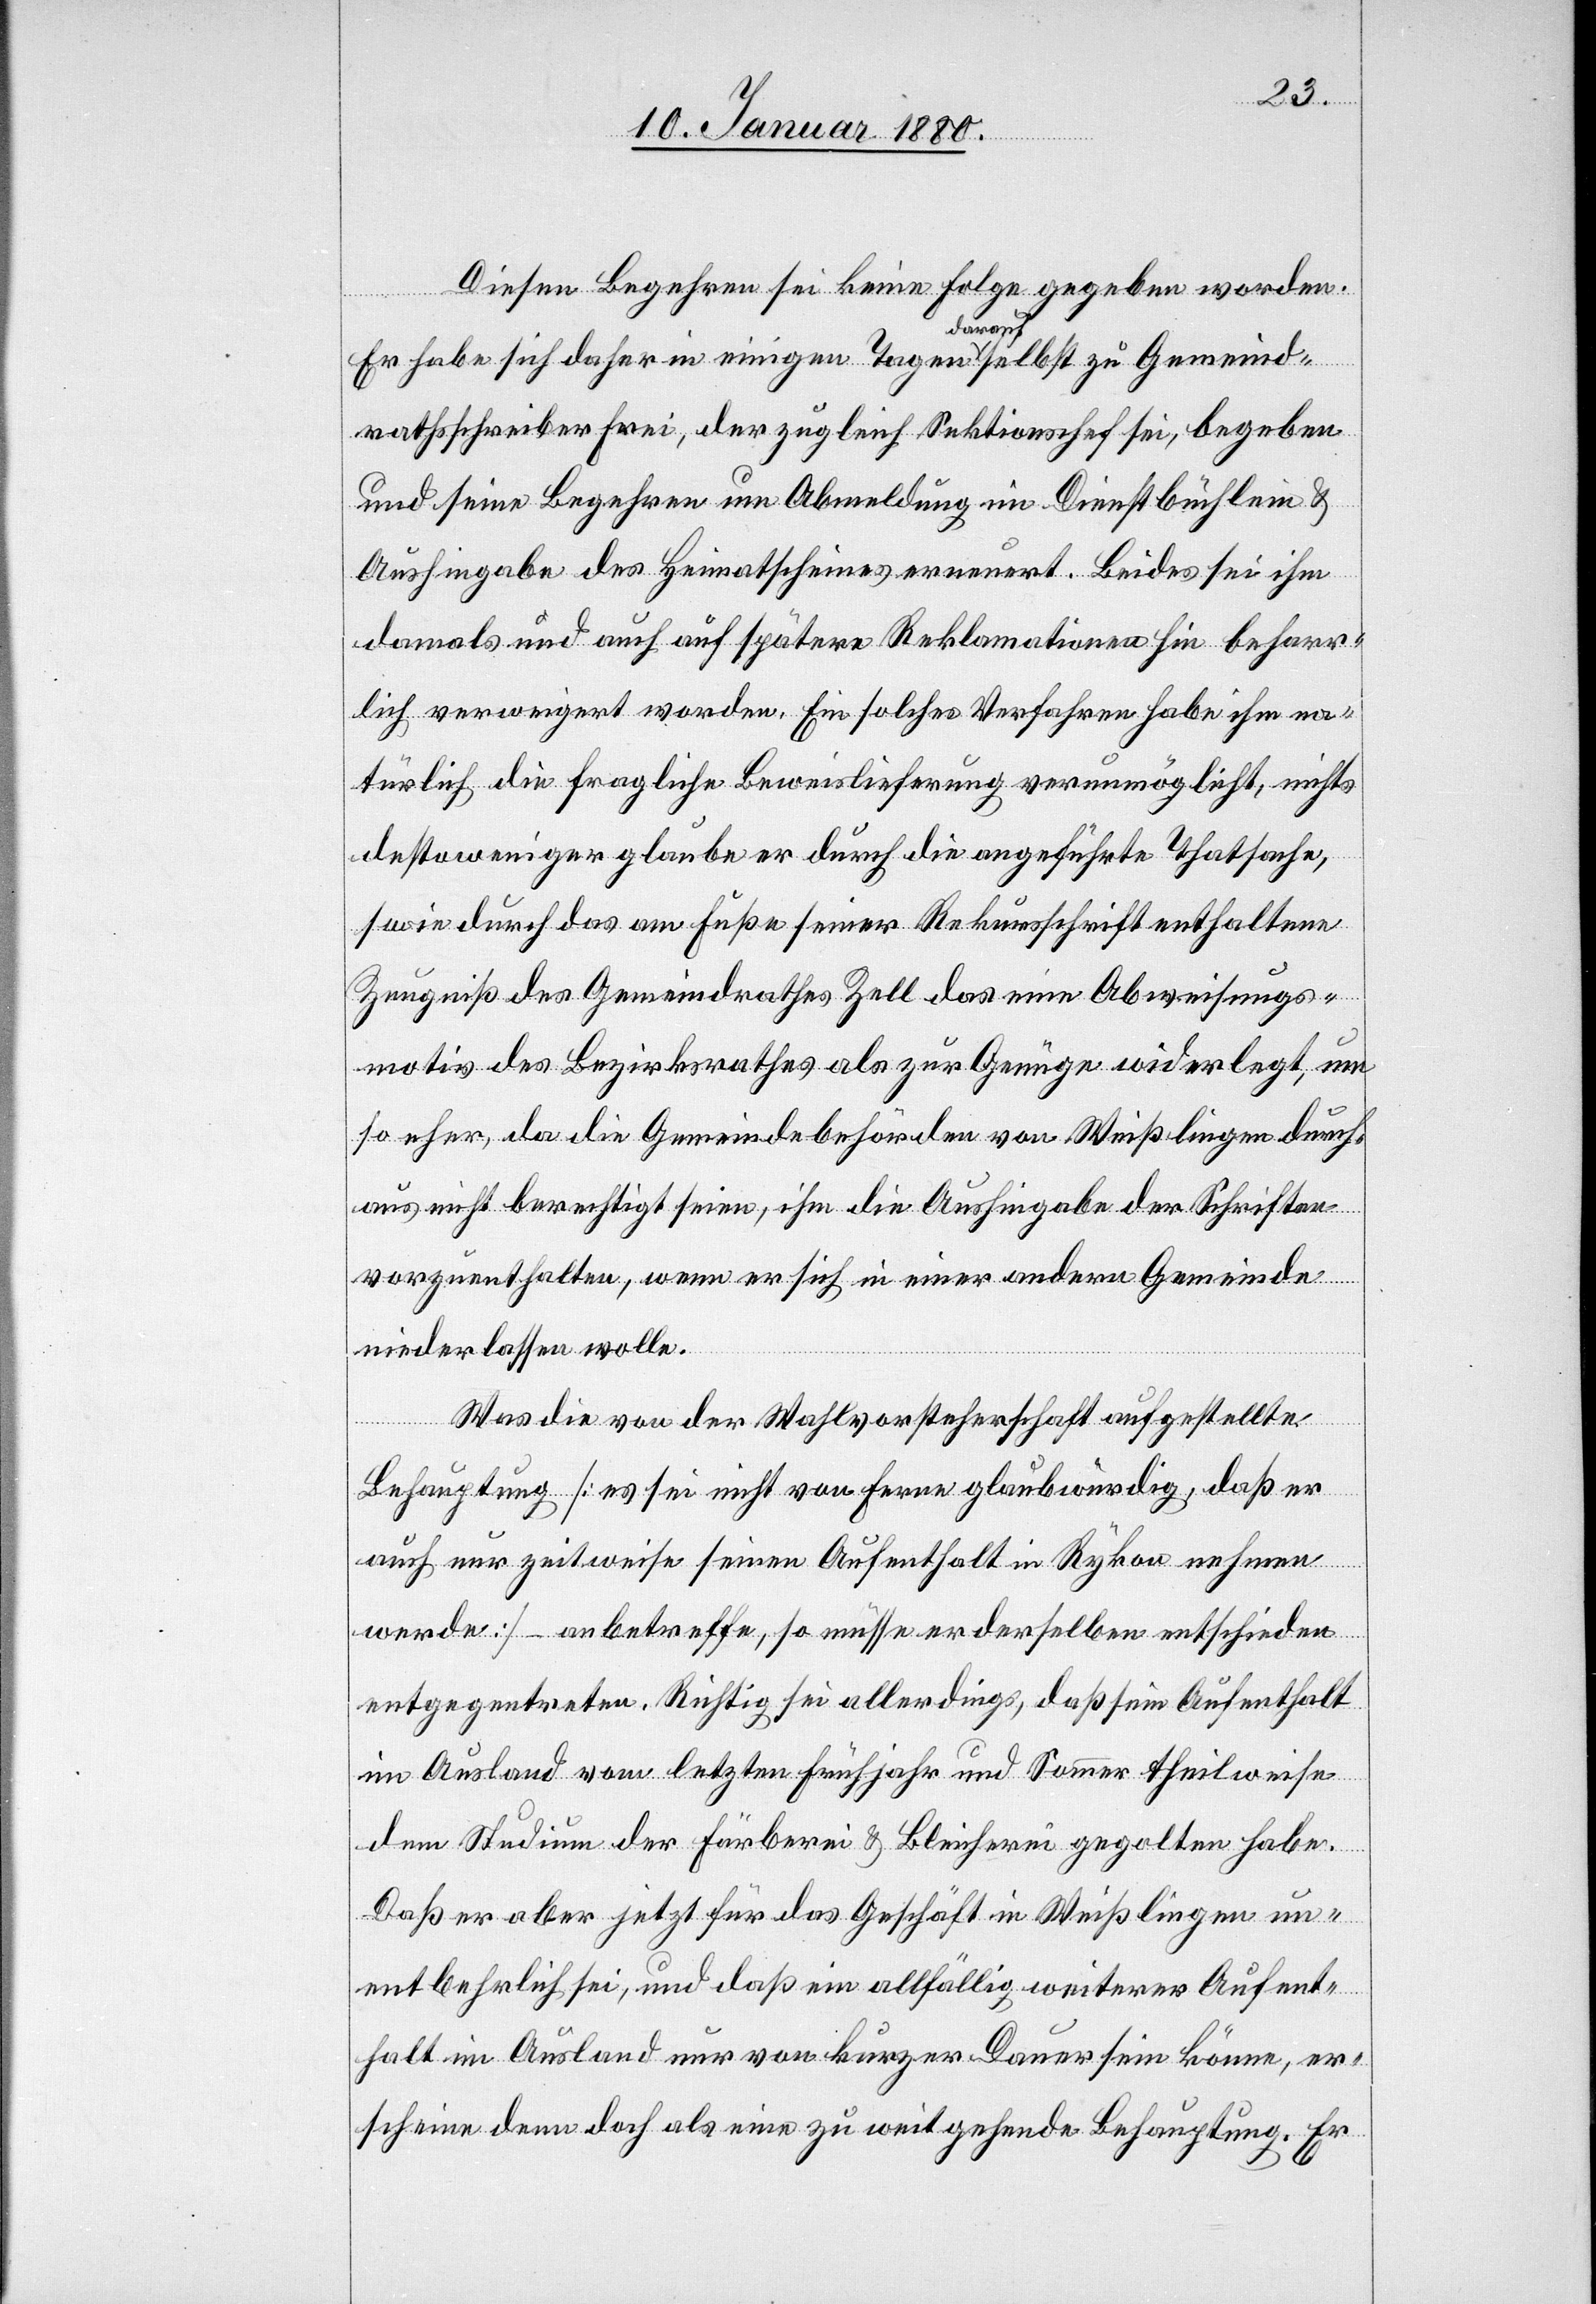
Diesen Begehren sie keine Folge gegeben worden.
Er habe sich daher in einigen Tagen darauf selbst zu Gemeind¬
rathsschreiber Frei, der zugleich Sektionschef sei, begeben
und seine Begehren um Abmeldung im Dienstbüchlein &
Aushingabe des Heimatscheines erneuert. Beides sei ihm
damals und auch auf spätere Reklamationen hin beharr¬
lich verweigert worden. Ein solche Verfahren habe ihm na¬
türlich die fragliche Beweislieferung verunmöglicht, nichts
destoweniger glaube er durch die angeführte Thatsache,
wie durch das am Fuße seiner Rekursschrift enthaltene
Zeugniß des Gemeindrathes Zell das eine Abweisungs¬
motiv des Bezirksrathes als zur Genüge widerlegt, um
so eher da die Gemeindebehörden von Weißlingen durch¬
aus nicht berechtigt seien, ihm die Aushingabe der Schriften
vorzuenthalten, wenn er sich in einer andern Gemeinde
niederlassen wolle.
Was die von der Wahlvorsteherschaft aufgestellte
Behauptung [es sei nicht von ferne glaubwürdig, daß er
auch nur zeitweise seinen Aufenthalt in Rykon nehmen
werde] – anbetreffe, so müsse er derselben entschieden
entgegentreten. Richtig sei allerdings, daß sein Aufenthalt
im Ausland vom letzten Fünfjahr und Sommer theilweise
dem Studium der Färberei & Bleicherei gegolten habe.
Daß er aber jetzt für das Geschäft in Weißlingen un¬
entbehrlich sei, und daß ein allfällig weiterer Aufent¬
halt im Ausland nur von kurzer Dauer sein könne, er¬
scheine denn doch als ein zu weit gehende Behauptung. Er